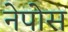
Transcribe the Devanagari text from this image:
नेपोस